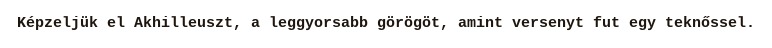
Képzeljük el Akhilleuszt, a leggyorsabb görögöt, amint versenyt fut egy teknőssel.